Civil Veterinary Dept. North-West Frontier Province 1933-46 - 1933-1946
Year: 1933
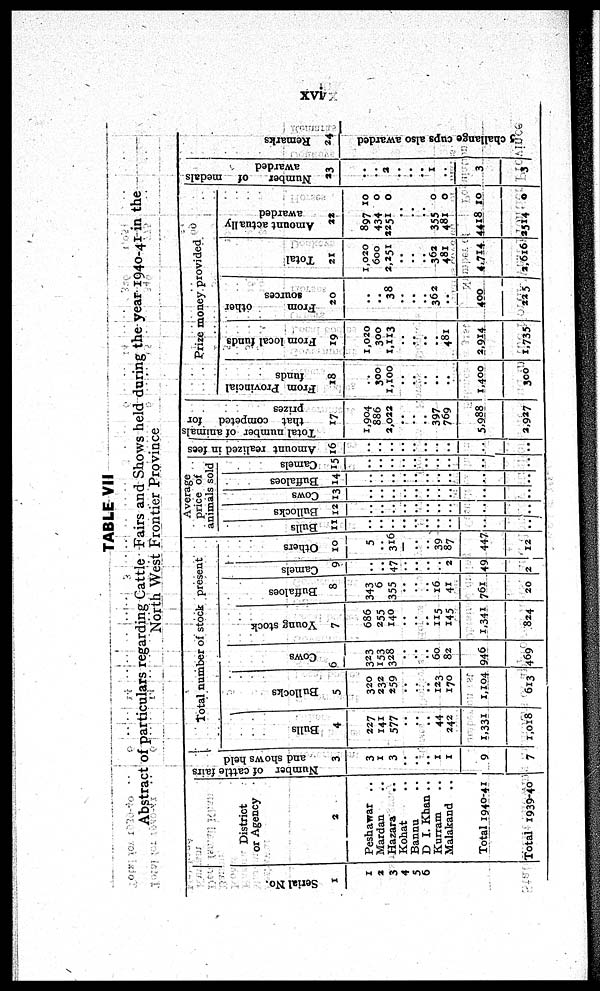
xvi
TABLE VII
Abstract of particulars regarding Cattle Fairs and Shows held during the year 1940-41 in the
North West Frontier Province
Serial No.
1
1
2
3
4
5
6
District
or Agency
2
Peshawar ..
Mardan ..
Hazara ..
Kohat ..
Bannu ..
D I. Khan ..
Kurram ..
Malakand
..
Total 1940-41
Total 1939-40
Number of cattle fairs
and shows held
3
3
1
3
..
..
..
1
1
9
7
Total number of stock present
Bulls
4
227
141
577
..
..
..
44
242
1,331
1,018
Bullocks
5
320
232
259
..
..
..
123
170
1,104
613
Cows
6
323
153
328
..
..
..
60
82
946
469
Young stock
7
686
255
140
..
..
..
115
145
1,341
824
Buffaloes
8
343
6
355
..
..
..
16
41
761
20
Camels
9
..
..
47
..
..
..
2
49
2
Others
10
5
..
316
..
..
..
39
87
447
12
Average
price of
animals sold
Bulls
11
..
..
..
..
..
..
..
..
..
..
Bullocks
12
..
..
..
..
..
..
..
..
..
..
Cows
13
..
..
..
..
..
..
..
..
..
..
Buffaloes
14
..
..
..
..
..
..
..
..
..
..
Camels
15
..
..
..
..
..
..
..
..
..
..
Amount realized in fees
16
..
..
..
..
..
..
..
..
..
..
Total number of animals
that competed for
prizes
17
1,904
886
2,022
..
..
..
397
769
5,988
2,927
Pr i
z e mone y pr ovi de d
From Provincial
funds
18
..
300
1,100
..
..
..
..
..
1,400
300
From local funds
19
1,020
300
1,113
..
..
..
..
481
2,914
1,735
From
other
sources
20
..
..
38
..
..
..
362
..
400
225
Total
21
1,020
600
2,251
..
..
362
481
4,714
2,616
Amount actually
awarded
22
897 10
434 0
2251
0
..
..
..
355 0
481 0
4418 10
2514 0
Number
of medals
awarded
23
..
2
..
..
..
1
..
3
3
Remarks
24
5 challange cups also awarded